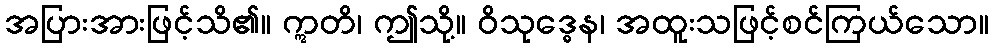
အပြားအားဖြင့်သိ၏။ ဣတိ၊ ဤသို့။ ဝိသုဒ္ဓေန၊ အထူးသဖြင့်စင်ကြယ်သော။